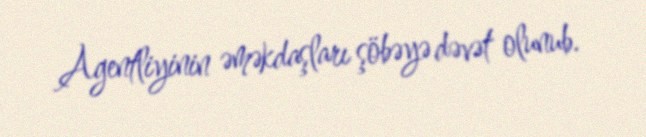
Agentliyinin əməkdaşları şöbəyə dəvət olunub.